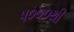
૫૦૦૦થી